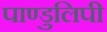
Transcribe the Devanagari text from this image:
पाण्डुलिपी